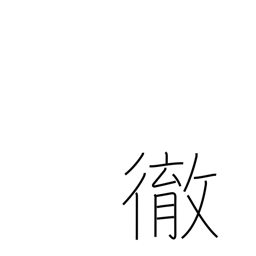
Meaning: pierce